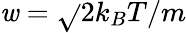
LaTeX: \mathit{w}=\sqrt{}{{2k_{B}T/m}}